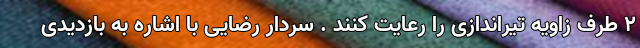
۲ طرف زاویه تیراندازی را رعایت کنند . سردار رضایی با اشاره به بازدیدی